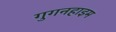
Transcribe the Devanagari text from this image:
गुगनहाइम